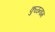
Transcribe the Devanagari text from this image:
कुळनाम